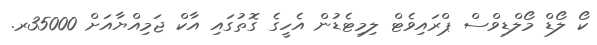
ކޯ ލޯޑް މޯލްޑިވްސް ޕްރައިވެޓް ލިމިޓެޑުން އެހީގެ ގޮތުގައި އާކް ޖަމިއްޔާއަށް 35000ރ.